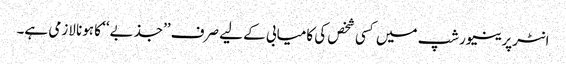
انٹرپرینیورشپ میں کسی شخص کی کامیابی کے لیے صرف ’’جذبے‘‘ کا ہونا لازمی ہے۔